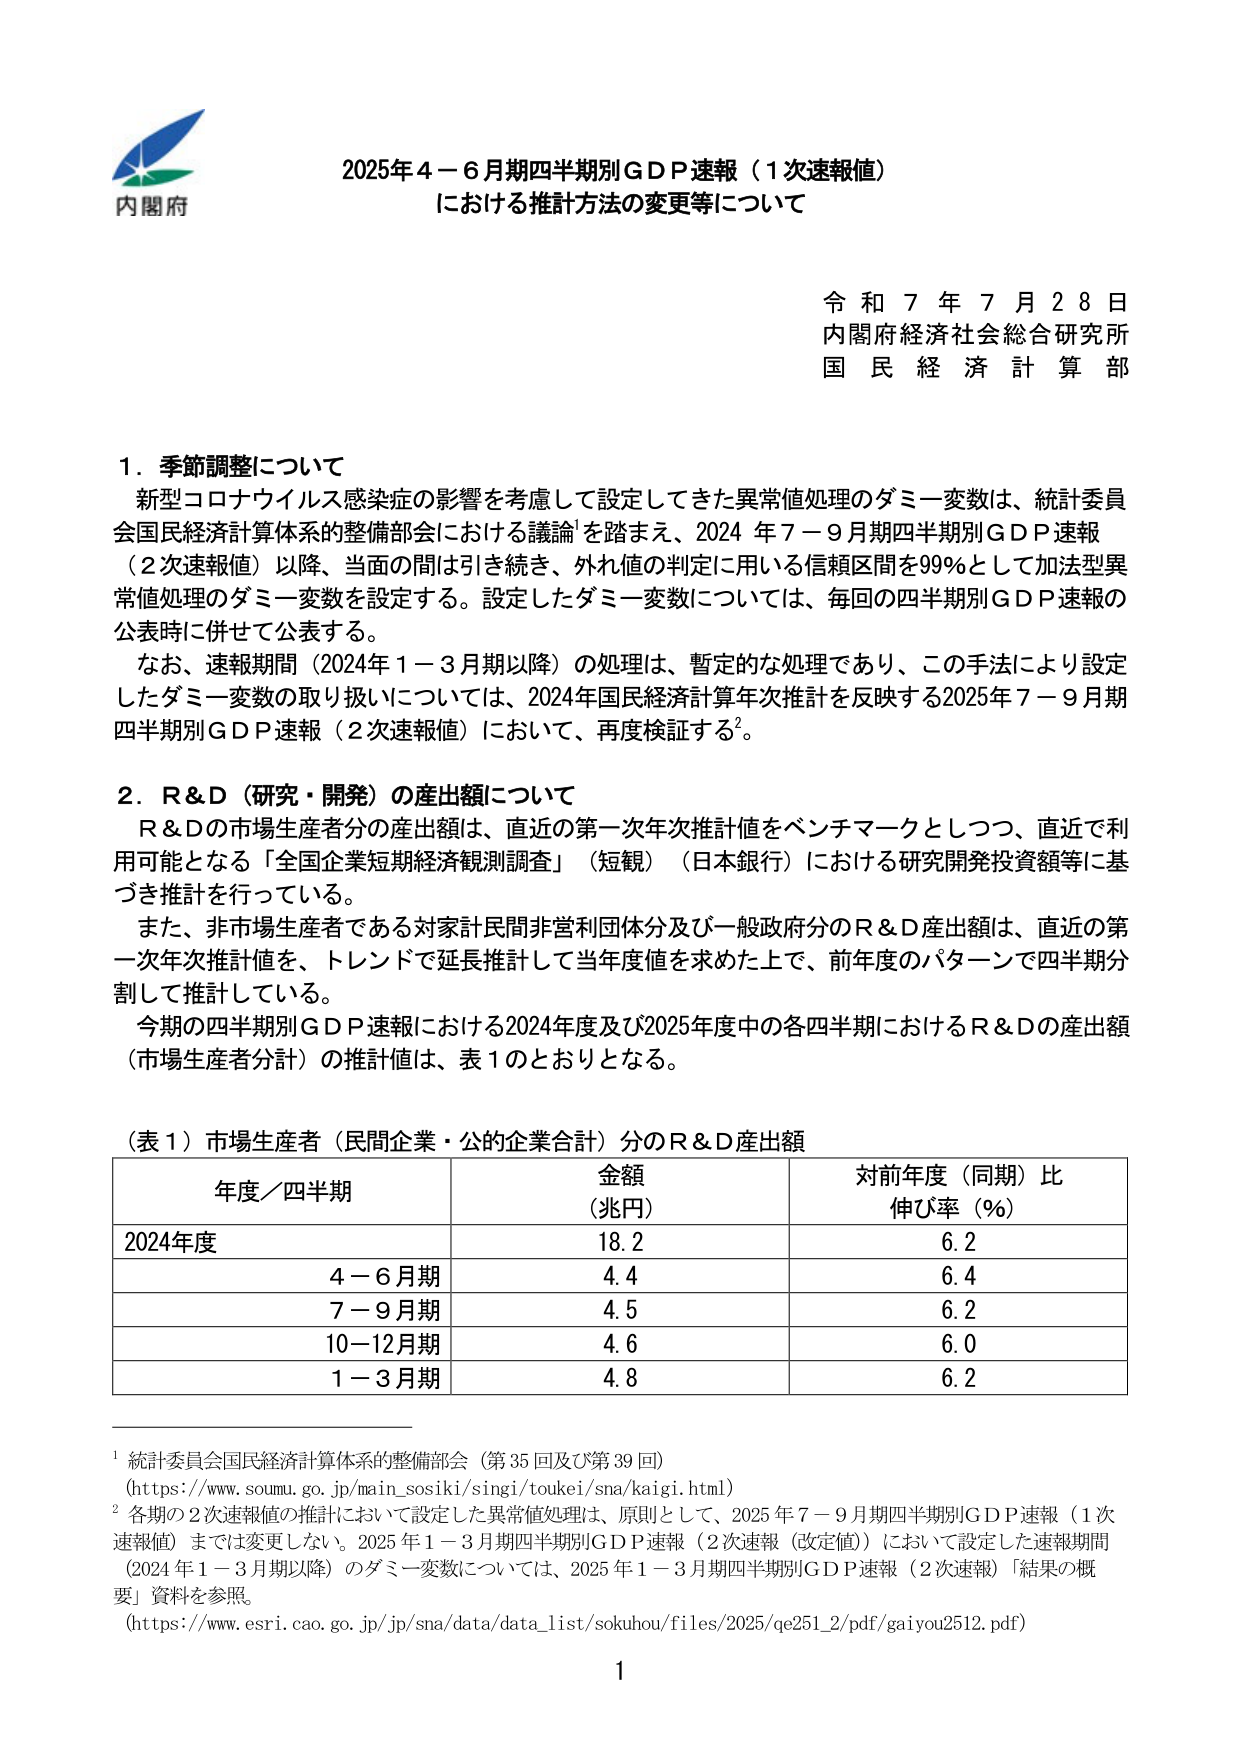
内閣府
2025年4－6月期四半期別GDP速報（1次速報値）
における推計方法の変更等について

令和7年7月28日
内閣府経済社会総合研究所
国民経済計算部

1．季節調整について
新型コロナウイルス感染症の影響を考慮して設定してきた異常値処理のダミー変数は、統計委員会国民経済計算体系の整備部会における議論¹を踏まえ、2024年7－9月期四半期別GDP速報（2次速報値）以降、当面の間は引き続き、外れ値の判定に用いる信頼区間を99％として加法型異常値処理のダミー変数を設定する。設定したダミー変数については、毎回の四半期別GDP速報の公表時に併せて公表する。
なお、速報期間（2024年1－3月期以降）の処理は、暫定的な処理であり、この手法により設定したダミー変数の取り扱いについては、2024年国民経済計算年次推計を反映する2025年7－9月期四半期別GDP速報（2次速報値）において、再度検証する²。

2．R&D（研究・開発）の産出額について
R&Dの市場生産者分の産出額は、直近の第一次年次推計値をベンチマークとしつつ、直近で利用可能となる「全国企業短期経済観測調査」（短観）（日本銀行）における研究開発投資額等に基づき推計を行っている。
また、非市場生産者である対家計民間非営利団体分及び一般政府分のR&D産出額は、直近の第一次年次推計値を、トレンドで延長推計して当年度値を求めた上で、前年度のパターンで四半期分割して推計している。
今期の四半期別GDP速報における2024年度及び2025年度中の各四半期におけるR&Dの産出額（市場生産者分計）の推計値は、表1のとおりとなる。

（表1）市場生産者（民間企業・公的企業合計）分のR&D産出額
年度／四半期　　　　　　金額（兆円）　　　　　　対前年度（同期）比伸び率（％）
2024年度　　　　　　　　18.2　　　　　　　　　　6.2
　　4－6月期　　　　　　4.4　　　　　　　　　　6.4
　　7－9月期　　　　　　4.5　　　　　　　　　　6.2
　　10－12月期　　　　　4.6　　　　　　　　　　6.0
　　1－3月期　　　　　　4.8　　　　　　　　　　6.2

¹ 統計委員会国民経済計算体系の整備部会（第35回及び第39回）
（https://www.soumu.go.jp/main_sosiki/singi/toukei/sna/kaigi.html）
² 各期の2次速報値の推計において設定した異常値処理は、原則として、2025年7－9月期四半期別GDP速報（1次速報値）までは変更しない。2025年1－3月期四半期別GDP速報（2次速報（改定値））において設定した速報期間（2024年1－3月期以降）のダミー変数については、2025年1－3月期四半期別GDP速報（2次速報）「結果の概要」資料を参照。
（https://www.esri.cao.go.jp/jp/sna/data/data_list/sokuhou/files/2025/qe251_2/pdf/gaiyou2512.pdf）

1